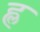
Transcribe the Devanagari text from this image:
ह्ल